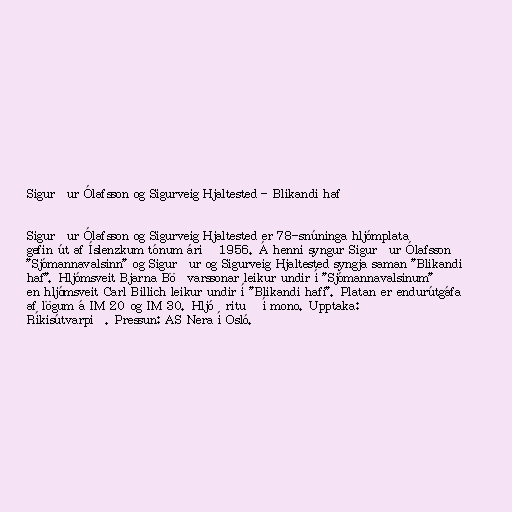
Sigurður Ólafsson og Sigurveig Hjaltested - Blikandi haf

Sigurður Ólafsson og Sigurveig Hjaltested er 78-snúninga hljómplata
gefin út af Íslenzkum tónum árið 1956. Á henni syngur Sigurður Ólafsson
"Sjómannavalsinn" og Sigurður og Sigurveig Hjaltested syngja saman "Blikandi
haf". Hljómsveit Bjarna Böðvarssonar leikur undir í "Sjómannavalsinum"
en hljómsveit Carl Billich leikur undir í "Blikandi hafi". Platan er endurútgáfa
af lögum á IM 20 og IM 30. Hljóðrituð í mono. Upptaka:
Ríkisútvarpið. Pressun: AS Nera í Osló.